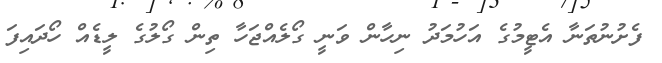
ފެށުނުތަނާ އެޓީމުގެ އަހުމަދު ނިހާން ވަނީ ގޯލެއްޖަހާ ތިން ގޯލުގެ ލީޑެއް ހޯދައިފަ